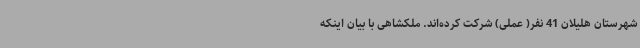
شهرستان هلیلان 41 نفر( عملی) شرکت کرده‌اند. ملکشاهی با بیان اینکه